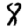
Digit: 8